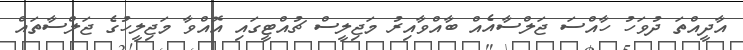
އާދީއްތަ ދުވަހު ހާއްސަ ޖަލްސާއެއް ބާއްވާއިރު މަޖިލީސް ޗުއްޓީގައި އޮއްވާ މަޖިލީހުގެ ޖަލްސާތައް